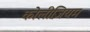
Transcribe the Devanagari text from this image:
कोलीज़ियम